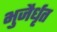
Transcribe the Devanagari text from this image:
भुजैर्धृत